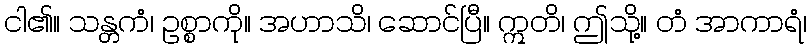
ငါ၏။ သန္တကံ၊ ဥစ္စာကို။ အဟာသိ၊ ဆောင်ပြီ။ ဣတိ၊ ဤသို့။ တံ အာကာရံ၊